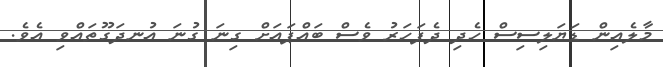
މާލެއިން ޑަޔަލިސިސް ހެދި ދެފަހަރު ވެސް ބައްޕައަށް ގިނަ ގުނަ އުނދަގޫތައްވި އެވެ.